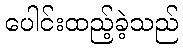
ပေါင်းထည့်ခဲ့သည်